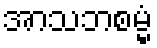
အာသဘစမ္မံ